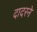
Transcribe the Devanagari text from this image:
दादरने